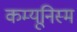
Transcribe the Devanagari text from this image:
कम्यूनिस्म